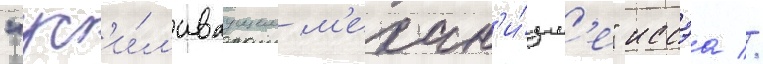
"ус'и́л'иваущем м'ехан'и́зм'е" иссэа //